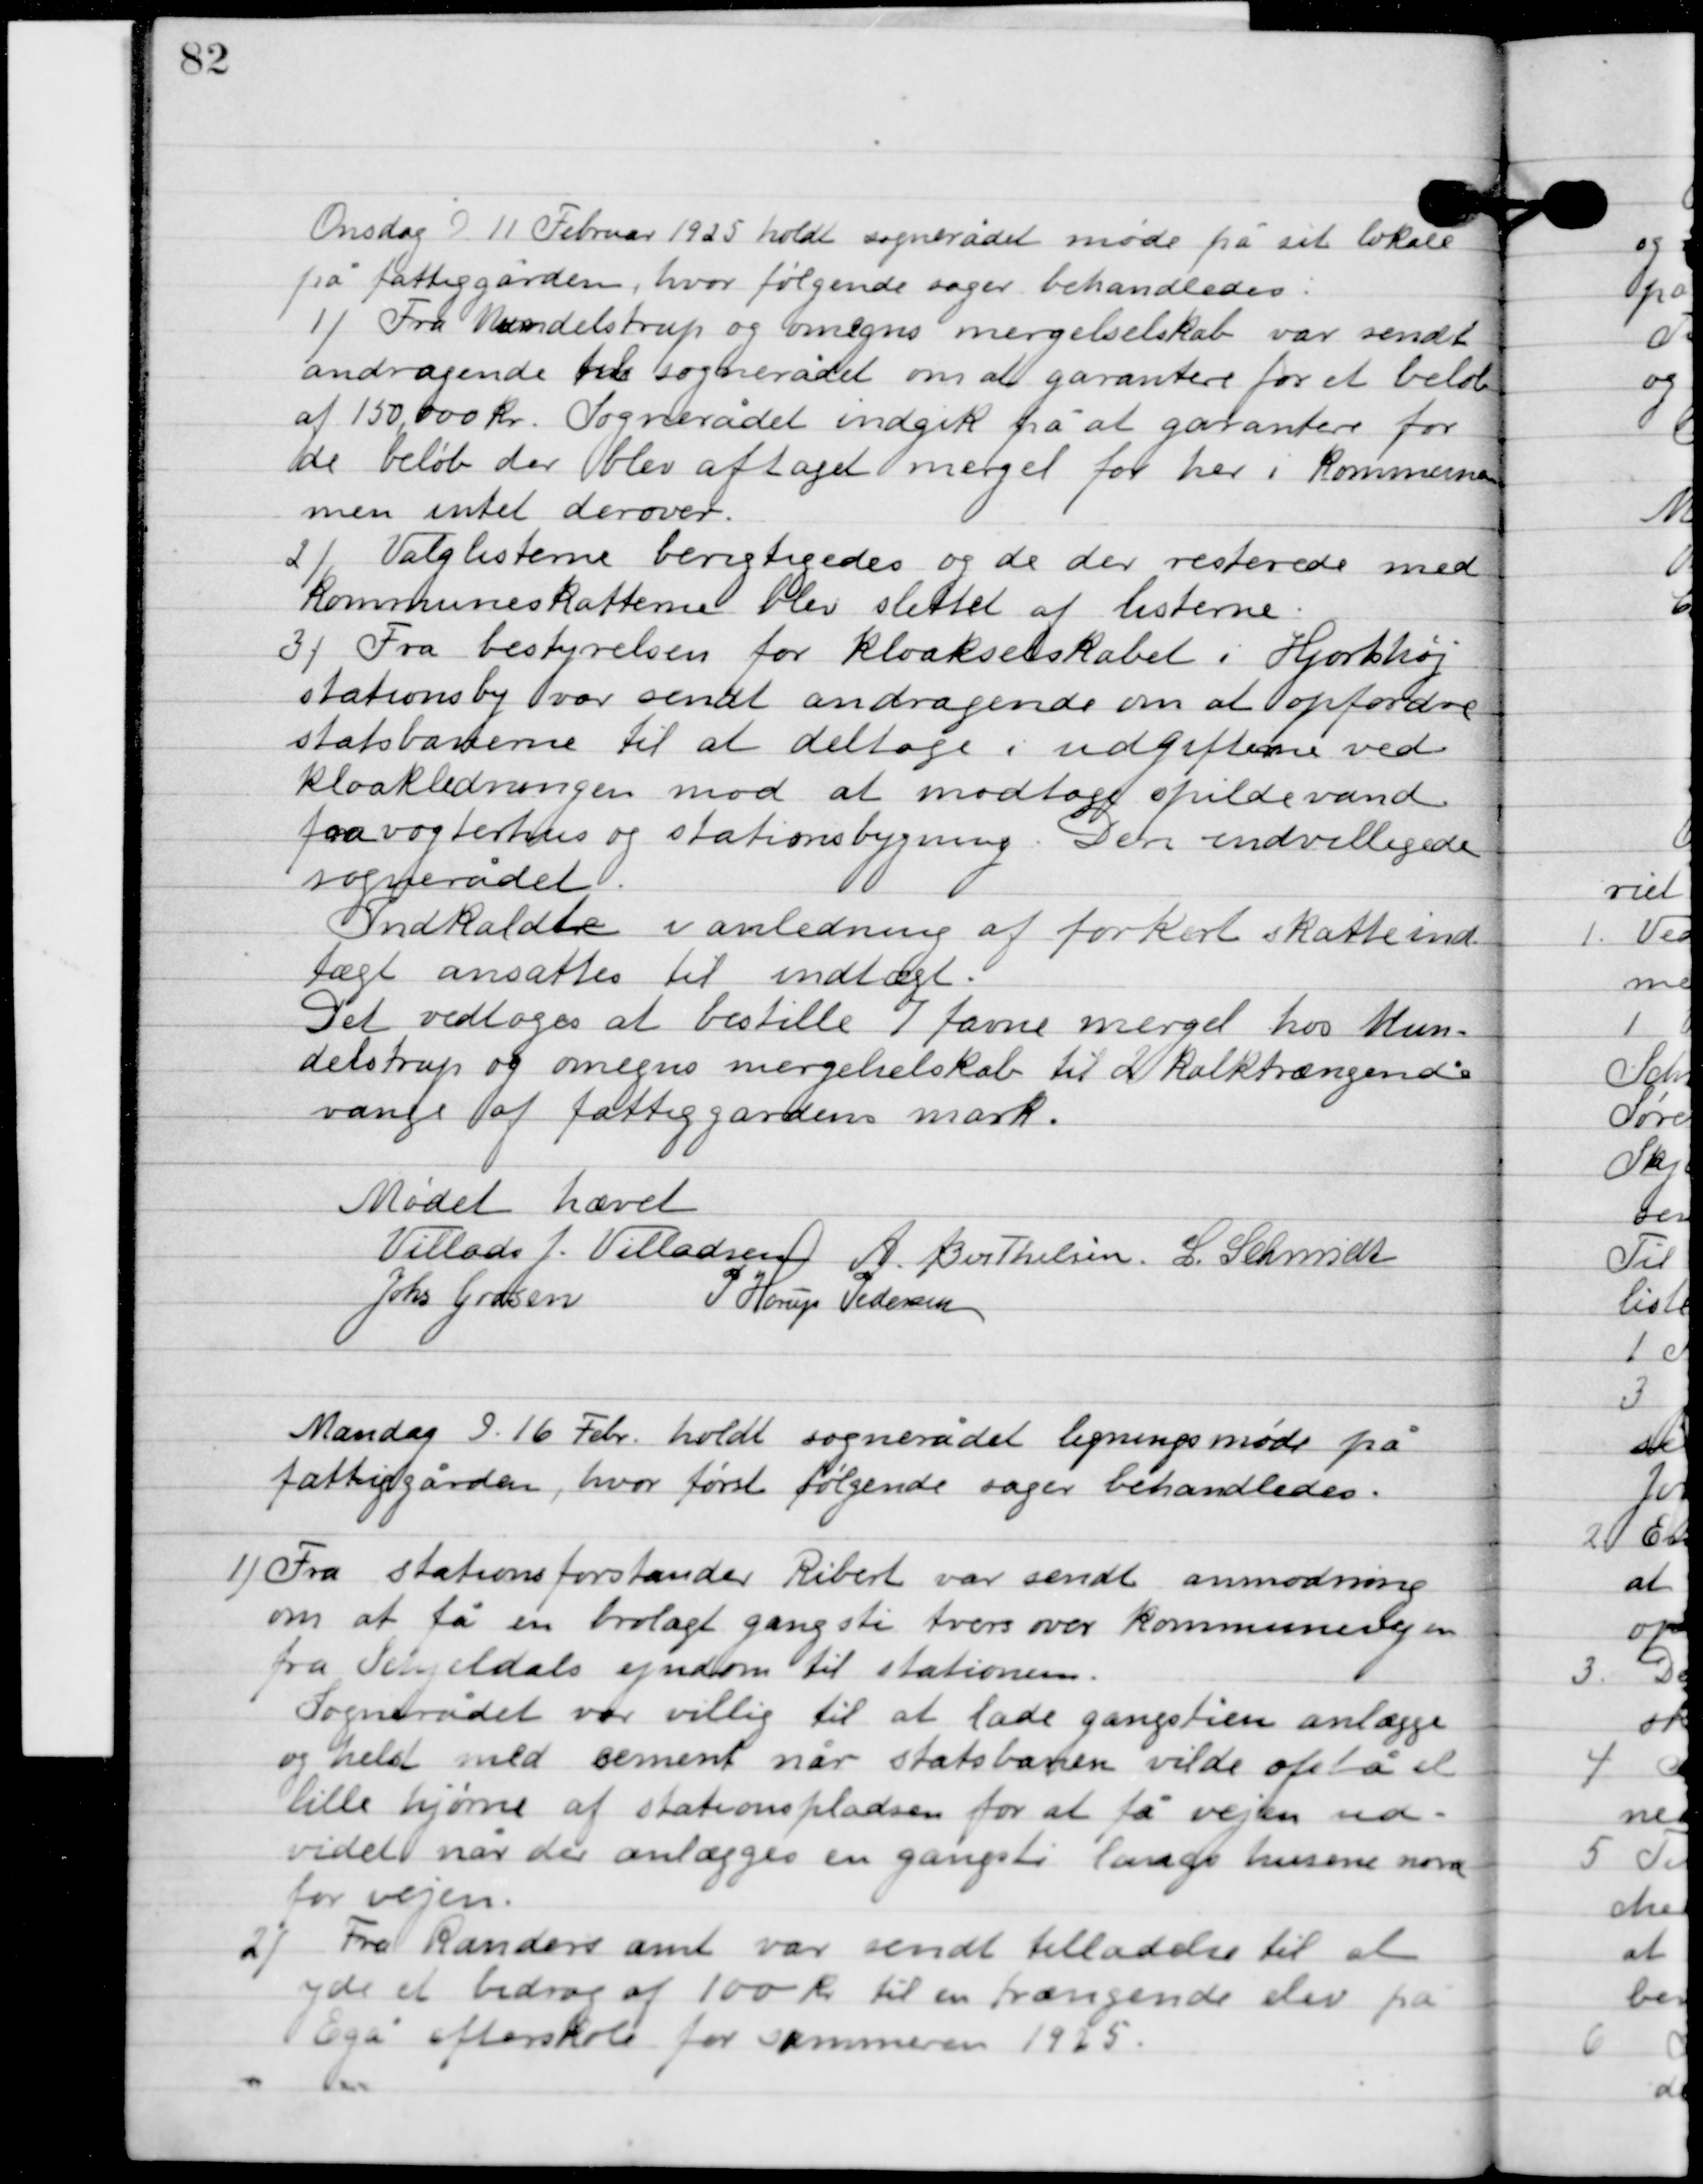
Transskription:
Onsdag D. 11. Februar 1925 holdt sognerådet møde på sit lokale
på fattiggården, hvor følgende sager behandledes.

1

Fra Mundelstrup og omegns mergelselskab var sendt
andragende til sognerådet om at garantere for et beløb
af 150.000 kr. sognerådet indgik på at garantere for
de beløb der blev aftaget meget for her i kommunen
men intet derover.

2

Valglisterne berigtigedes og de der resterede med
kommuneskatterne blev slettet af listerne.

3

Fra bestyrelsen for kloaks selskabet i Hjortshøj
stationsby var sendt andragende om at opfordre
statsbanerne til at deltage i udgifterne ved
kloakledningen mod at modtage spildevand
fra vogterhus og stationsbygning. Deri indvilgede
sognerådet.
Indkaldte i anledning af forkert skatteind-
tægt ansattes til indtægt.
Det vedtoges at bestille 7 favne mergel hos Mun-
delstrup og omegns mergelselskab til 21 kalktrængendes
vange af fattiggårdens mark.

Mødet hævet

Villads J. Villadsen
A. Berthelsen
L. Schmidt
Johs. Grosen
P. Horup Pedersen

Mandag D. 16. Febr. holdt sognerådet ligningsmøde på
fattiggården, hvor følgende sager behandledes.

1

Fra stationsforstander Ribert var sendt anmodning
om at få en brolagt gangsti tvers over kommunevejen
fra Schjeldal ejendom til stationen.
Sognerådet var villig til at lade gangstien anlægge
og helst med cement når statsbanen vilde afstå et
lille hjørne af stationspladsen for at få vejen ud-
videt når der anlægges en gangsti langs husene nord
for vejen.

2

Fra Randers amt var sendt tilladelse til at
yde et bidrag af 100 kr. til en trængende elev på
Egå efterskole for sommeren 1925.